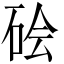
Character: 𬒊